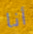
أنا